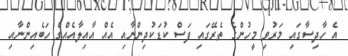
އެ ހާދިސާގައި މަރުވި މީހުންގެ ތެރޭގައި ފަސް ކުޑަކުދިިންނާއި އެއް އާއިލާއެއްގެ ހަބެއިންނާއި